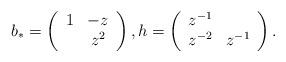
LaTeX: \begin{align*}b_*=\left(\begin{array}{cc}1&-z\\&z^2\end{array}\right),h=\left(\begin{array}{cc}z^{-1}&\\z^{-2}&z^{-1}\end{array}\right). \end{align*}